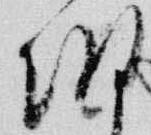
朝